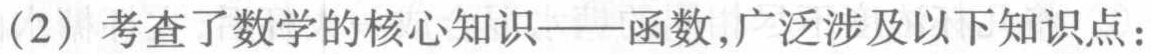
(2) 考查了数学的核心知识——函数,广泛涉及以下知识点：